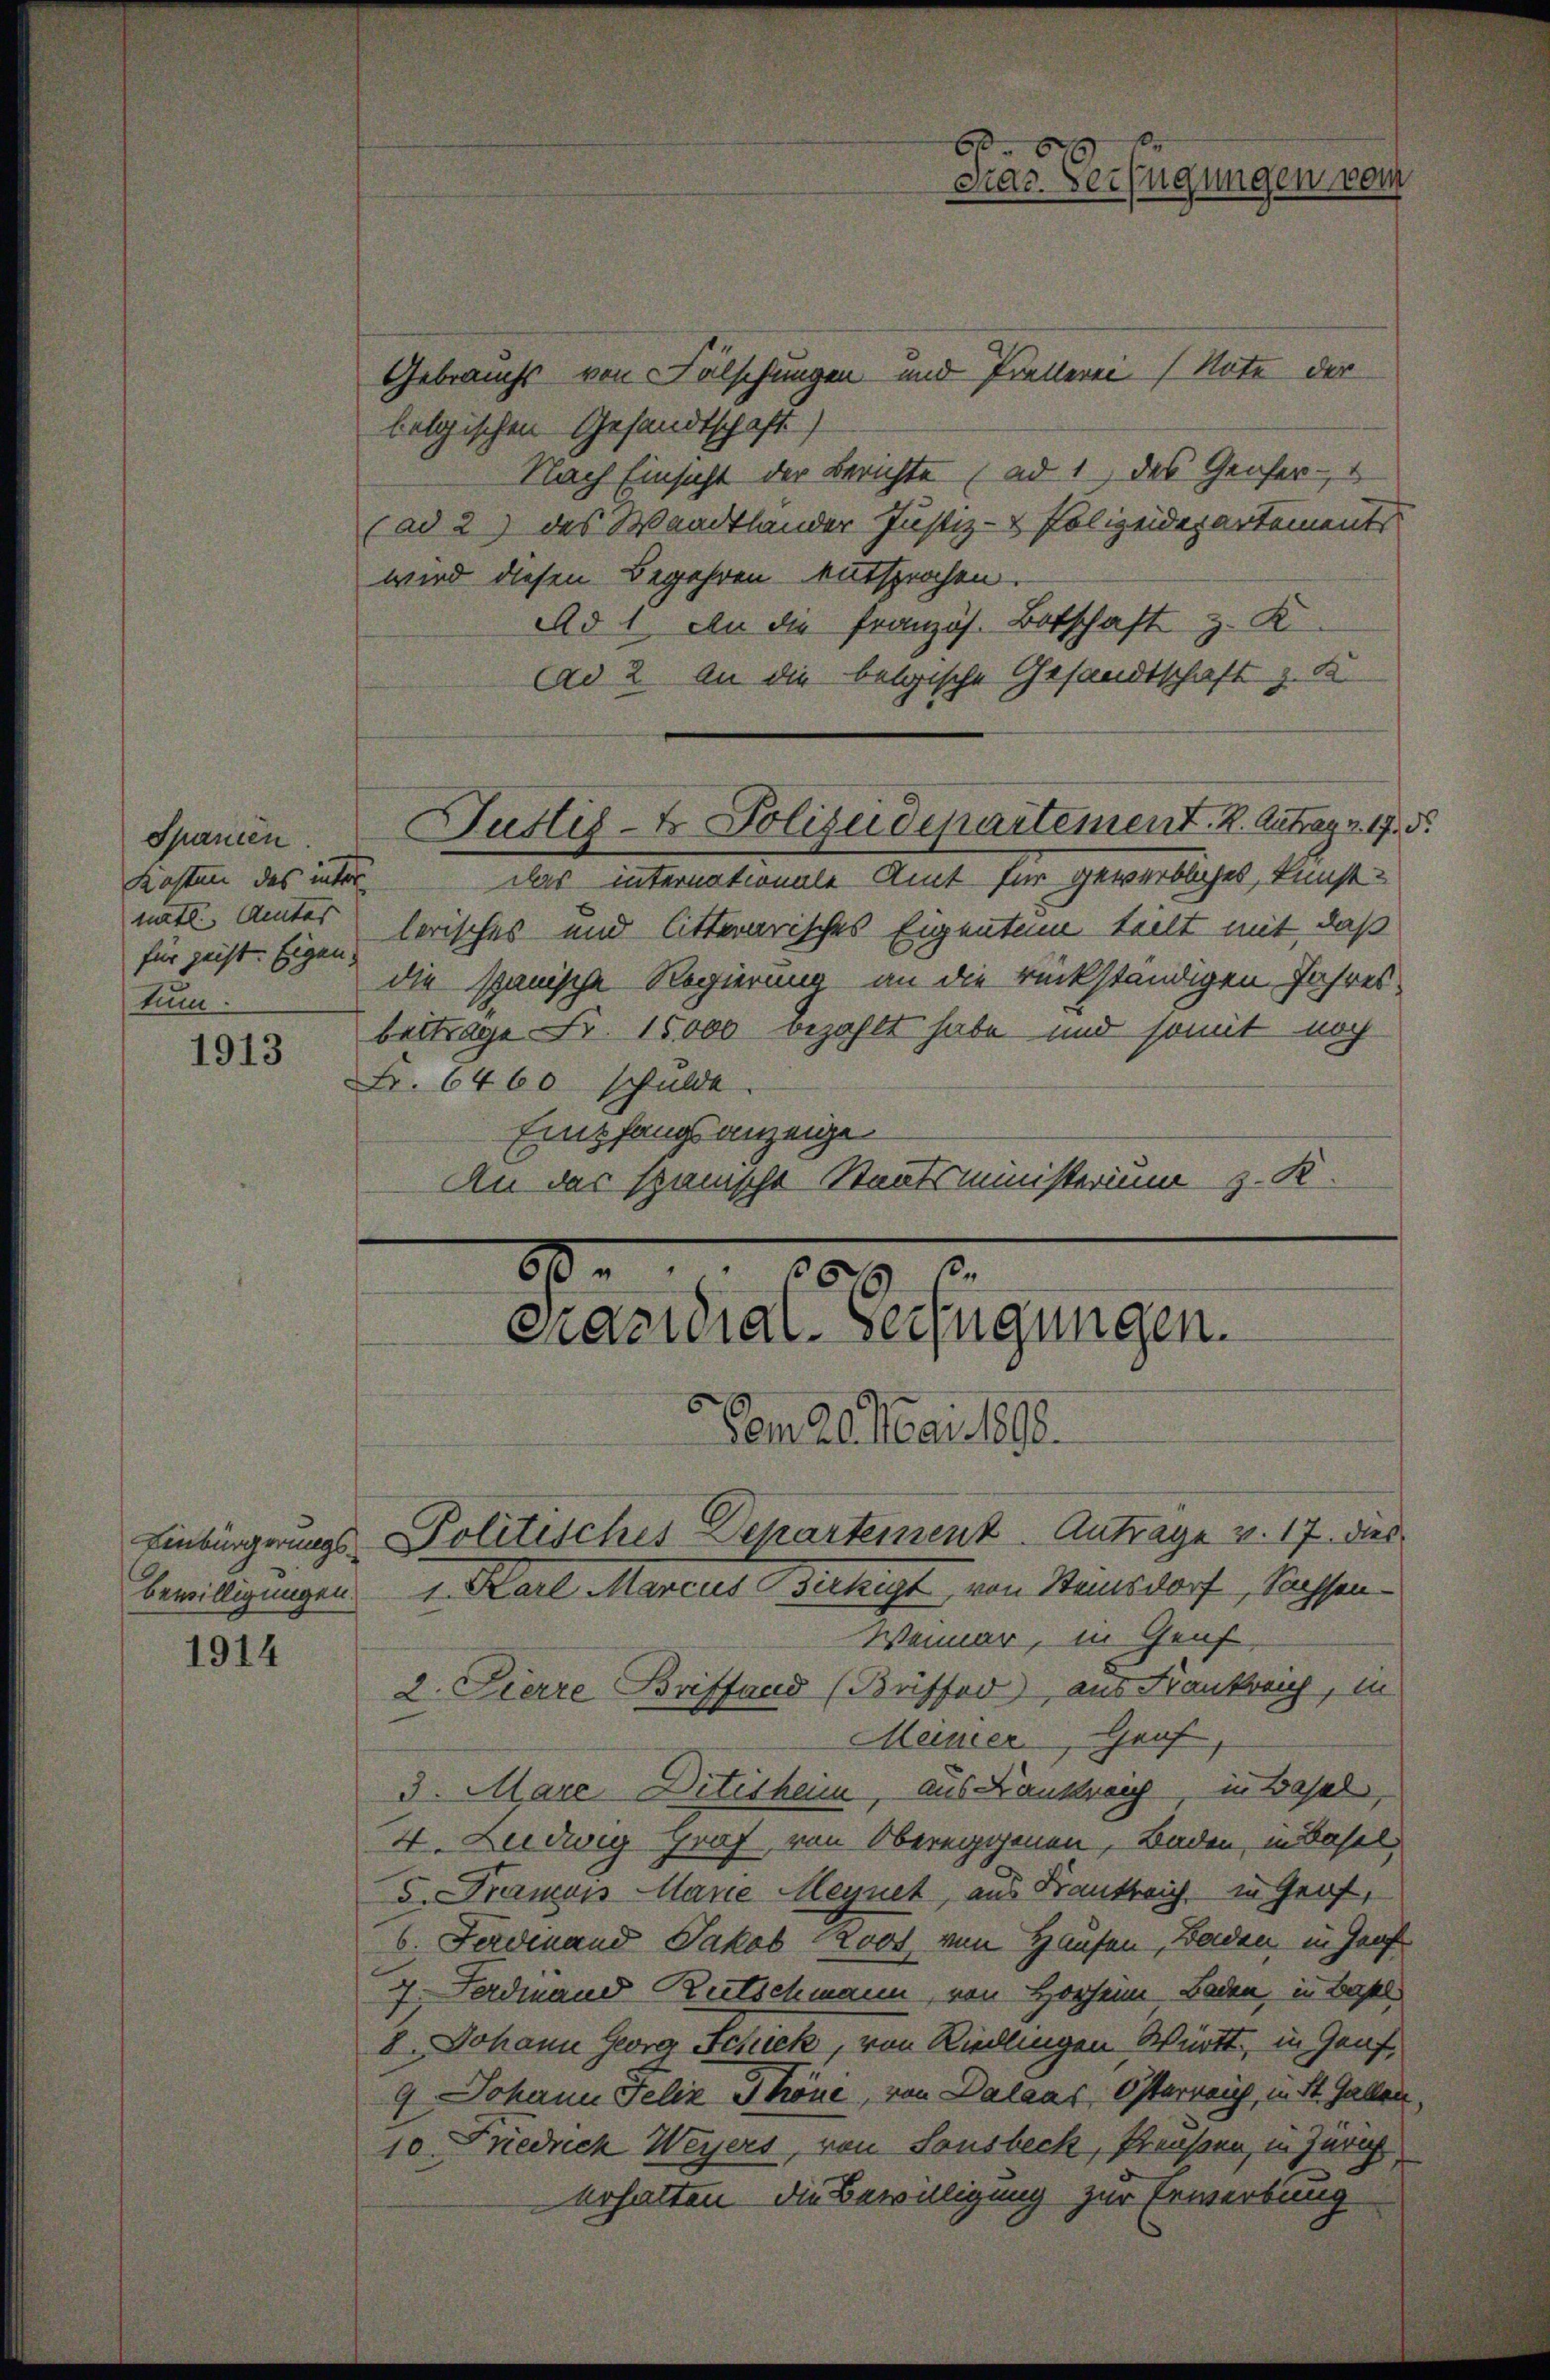
Spanien
Kosten das inter
nätl. Amtes
tum

1913

1914

Gebrauchs von Fälschungen und Prellerei Note der
belgischen Gesandtschaft)
Nach Einsicht der Berichte (ad 1 des Genfer-
(ad 2) des Waadtlander Justiz- & Polizeidepartements
wird diesen Begehren entsprochen.
Ad 1. An die französ. Botschaft z. K
Ad 2. An die belgische Gesandtschaft z. K.
Justiz- & Polizeidepartement. 2. Antrag. 17. 5.
Das internationale Amt für gewerbliches, kunst-
für jetzte Eigen lerisches und litterarisches Eigentum teilt mit, daß
die spanische Regierung an die rückständigen Jahres
beiträge Fr. 15000 bezahlt habe und somit noch
Fr. 6460 schulde
Empfangsanzeige
An der spanische Staatsministerium z. K.

f

80.000
Präsidial-Verfügungen.

Vom 26. Mai 1898.
Wenner, in Genf
2. Pierre Briffend (Büffed), aus Frankreich, in
Meinier, Graf
3. Mare Detisheim, aus Lankreich, in Basel,
4. Ludwig Graf, von Obereggenen, Baden, in Basel
5. Pramois Marie Meynet, aus Krankreich in Grof,
6. Ferdinand Jakob Roos von Hausen, Baden, in Graf
7. Ferdinand Rutschmann, von Hoheim Baden, in Basel
8.  Johann Georg Schick, von Riedlingen Württ, in Graf,
9 Johann Felix Thöni, von Dalaas Österreich, in St. Gallen,
10. Friedrich Weyers, von Sonsbeck, Preußen, in Zürich
erhalten die Bewilligung zur Erwerbung

Einbürgerungs Politisches Departeinenz Antrage v. 17. dies

Bewilligungen 1. Karl Marcus Birkigt, von Steinsdorf, Sachsen¬

6
Pras. Verfügungen vom